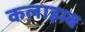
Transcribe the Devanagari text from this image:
कलाइम्ब